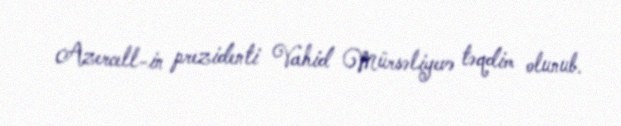
Azercell-in prezidenti Vahid Mürsəliyevə təqdim olunub.